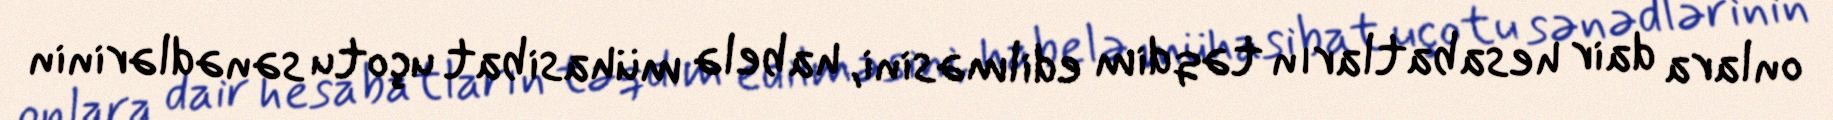
onlara dair hesabatların təqdim edilməsini, habelə mühasibat uçotu sənədlərinin